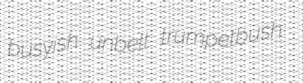
busyish unbelt trumpetbush